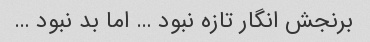
برنجش انگار تازه نبود … اما بد نبود …